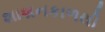
શાશનકાળથી